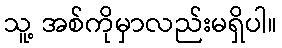
သူ့ အစ်ကိုမှာလည်းမရှိပါ။